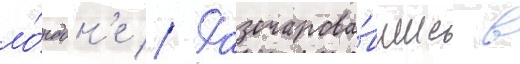
ло́ндон'е // Разочарова́вшись в